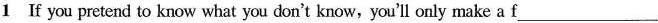
1 If you pretend to know what you don't know, you'll only make a f ___